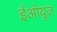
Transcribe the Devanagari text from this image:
ईओयूज